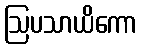
ဩပသာယိကော